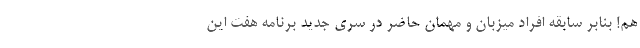
هم! بنابر سابقه افراد میزبان و مهمان حاضر در سری جدید برنامه هفت این